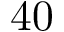
4 0